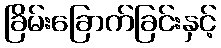
ခြိမ်းခြောက်ခြင်းနှင့်